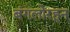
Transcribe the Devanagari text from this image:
बंगलोरहून